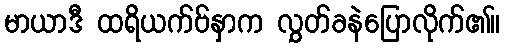
မာယာဒီ ထရိယက်ဗ်နှာက လွှတ်ခနဲပြောလိုက်၏။